Report of the Indian Hemp Drugs Commission, 1894-1895 - Volume I
Year: 1894
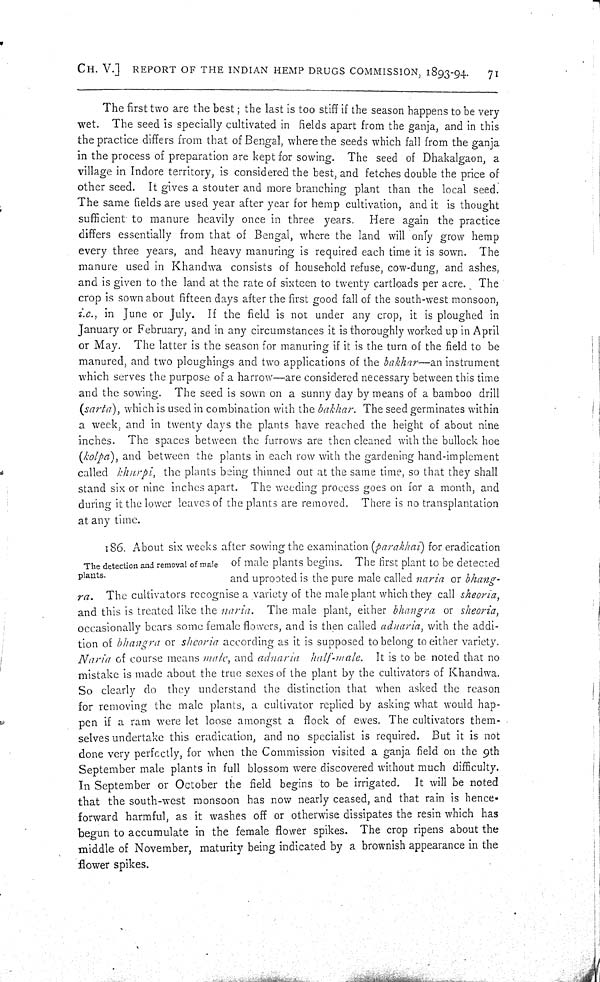
CH. V.] REPORT OF THE INDIAN HEMP DRUGS COMMISSION, 1893-94.
71
The first two are the best; the last is too stiff if the season happens to be very
wet. The seed is specially cultivated in fields apart from the ganja, and in this
the practice differs from that of Bengal, where the seeds which fall from the ganja
in the process of preparation are kept for sowing. The seed of Dhakalgaon, a
village in Indore territory, is considered the best, and fetches double the price of
other seed. It gives a stouter and more branching plant than the local seed.
The same fields are used year after year for hemp cultivation, and it is thought
sufficient to manure heavily once in three years. Here again the practice
differs essentially from that of Bengal, where the land will only grow hemp
every three years, and heavy manuring is required each time it is sown. The
manure used in Khandwa consists of household refuse, cow-dung, and ashes,
and is given to the land at the rate of sixteen to twenty cartloads per acre. The
crop is sown about fifteen days after the first good fall of the south-west monsoon,
i.e., in June or July. If the field is not under any crop, it is ploughed in
January or February, and in any circumstances it is thoroughly worked up in April
or May. The latter is the season for manuring if it is the turn of the field to be
manured, and two ploughings and two applications of the bakhar—an instrument
which serves the purpose of a harrow—are considered necessary between this time
and the sowing. The seed is sown on a sunny day by means of a bamboo drill
(sarta), which is used in combination with the bakhar. The seed germinates within
a week, and in twenty days the plants have reached the height of about nine
inches. The spaces between the furrows are then cleaned with the bullock hoe
(kolpa), and between the plants in each row with the gardening hand-implement
called khurpi, the plants being thinned out at the same time, so that they shall
stand six or nine inches apart. The weeding process goes on for a month, and
during it the lower leaves of the plants are removed. There is no transplantation
at any time.
The detection and removal of male
plants.
186. About six weeks after sowing the examination (parakhai) for eradication
of male plants begins. The first plant to be detected
and uprooted is the pure male called naria or bhang-
ra. The cultivators recognise a variety of the male plant which they call sheoria,
and this is treated like the naria. The male plant, either bhangra or sheoria,
occasionally bears some female flowers, and is then called adnaria, with the addi-
tion of bhangra or sheoria according as it is supposed to belong to either variety.
Naria of course means male, and adnaria half-male. It is to be noted that no
mistake is made about the true sexes of the plant by the cultivators of Khandwa.
So clearly do they understand the distinction that when asked the reason
for removing the male plants, a cultivator replied by asking what would hap-
pen if a ram were let loose amongst a flock of ewes. The cultivators them-
selves undertake this eradication, and no specialist is required. But it is not
done very perfectly, for when the Commission visited a ganja field on the 9th
September male plants in full blossom were discovered without much difficulty.
In September or October the field begins to be irrigated. It will be noted
that the south-west monsoon has now nearly ceased, and that rain is hence-
forward harmful, as it washes off or otherwise dissipates the resin which has
begun to accumulate in the female flower spikes. The crop ripens about the
middle of November, maturity being indicated by a brownish appearance in the
flower spikes.